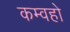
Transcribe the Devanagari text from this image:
कम्वहो